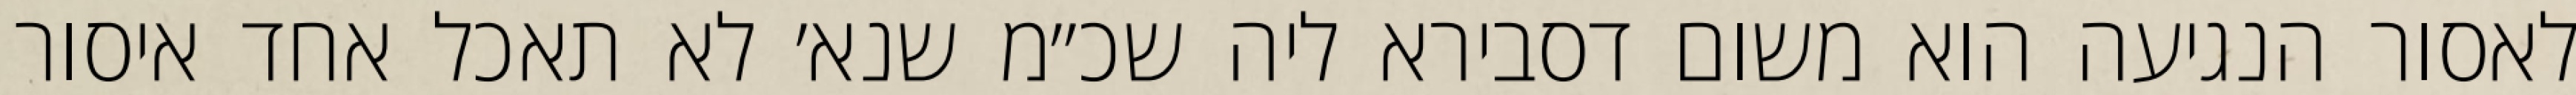
לאסור הנגיעה הוא משום דסבירא ליה שכ״מ שנא׳ לא תאכל אחד איסור